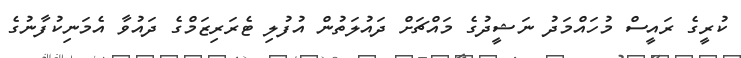
ކުރީގެ ރައީސް މުހައްމަދު ނަޝީދުގެ މައްޗަށް ދައުލަތުން އުފުލި ޓެރަރިޒަމްގެ ދައުވާ އެމަނިކުފާނުގެ